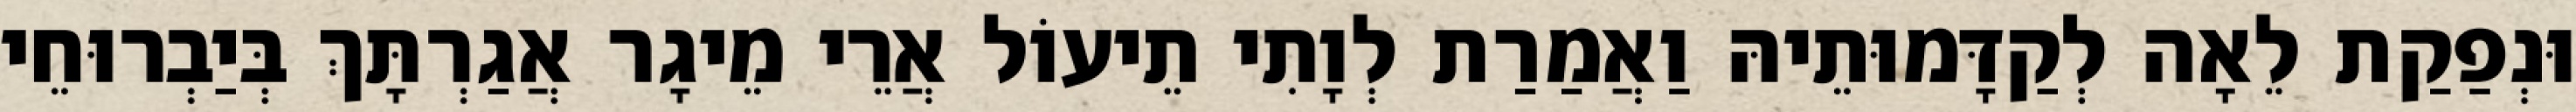
וּנְפַקַת לֵאָה לְקַדָּמוּתֵיהּ וַאֲמַרַת לְוָתִי תֵיעוֹל אֲרֵי מֵיגָר אֲגַרְתָּךְ בְּיַבְרוּחֵי